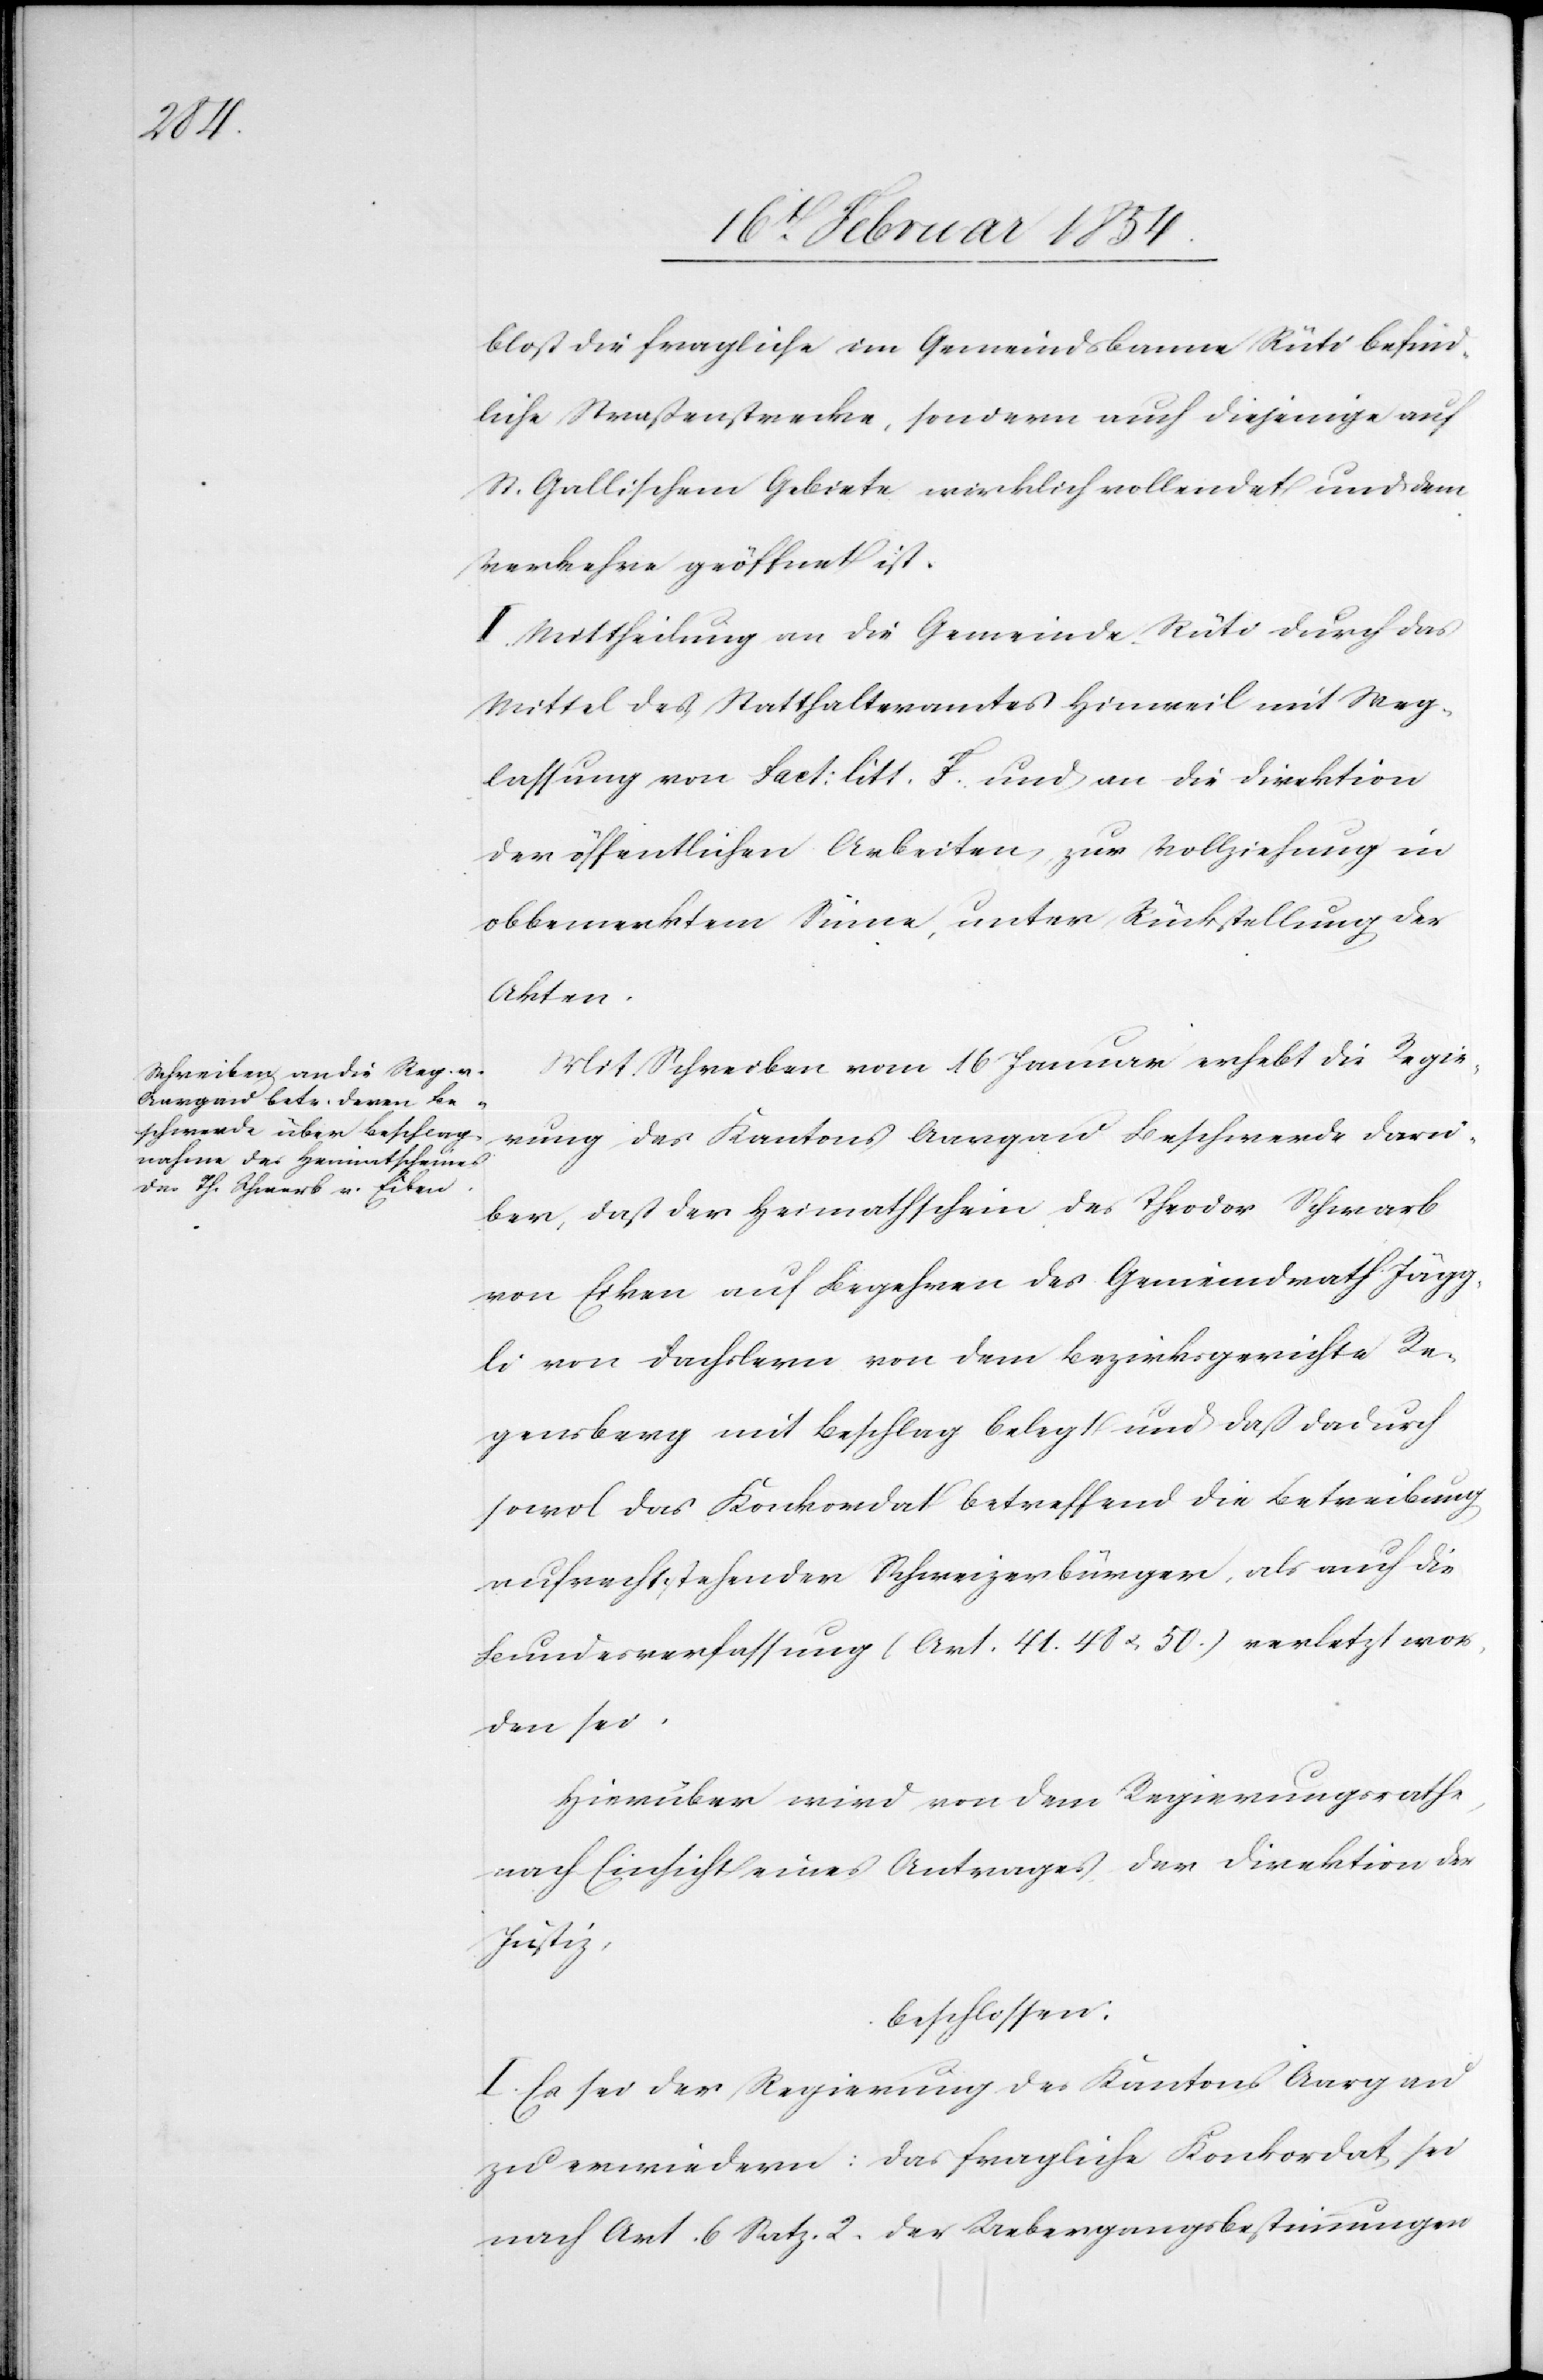
bloß die fragliche im Gemeindsbanne Rüti befind¬
liche Straßenstrecke, sondern auch diejenige auf
St. Gallischem Gebiete wirklich vollendet und dem
Verkehre geöffnet ist.
II. Mittheilung an die Gemeinde Rüti durch das
Mittel des Statthalteramtes Hinweil mit Weg¬
lassung von Fact: litt. F. und an die Direktion
der öffentlichen Arbeiten, zur Vollziehung in
obbemerktem Sinne, unter Rückstellung der
Akten.
Mit Schreiben vom 16 Januar erhebt die Regie¬
rung des Kantons Aargau Beschwerde darü¬
ber, daß der Heimatschein des Theodor Schwarb
von Eiken auf Begehren des Gemeindrath Jägg¬
li von Dachslern von dem Bezirksgerichte Re¬
gensberg mit Beschlag belegt und daß dadurch
sowol das Konkordat betreffend die Betreibung
aufrechtstehender Schweizerbürger, als auch die
Bundesverfassung (Art. 41. 48 u. 50.) verletzt wor¬
den sei.
Hierüber wird von dem Regierungsrathe,
nach Einsicht eines Antrages der Direktion der
Justiz,
beschlossen:
I. Es sei der Regierung des Kantons Aargau
zu erwiedern: das fragliche Konkordat sei
nach Art. 6 Satz. 2. der Uebergangsbestimmungen